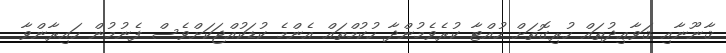
ޤާނޫނާއި ޤަވާޢިދުތައް ހުރިގޮތަށް ހުއްޓާ ކުރެވެމުންދާ ހުކުމްތައް އެންމެ ކުޑަކުއްޖަކަށްވެސް ފެނުމުން ހައިރާންވާ